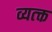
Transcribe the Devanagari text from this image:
व्यत्क्त